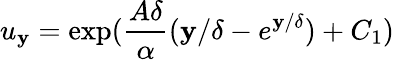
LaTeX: u_{\mathbf{y}}=\exp(\frac{{A\delta}}{{\alpha}}({\mathbf{y}}/{\delta}-e^{{\mathbf{y}}/{\delta}})+C_{1})